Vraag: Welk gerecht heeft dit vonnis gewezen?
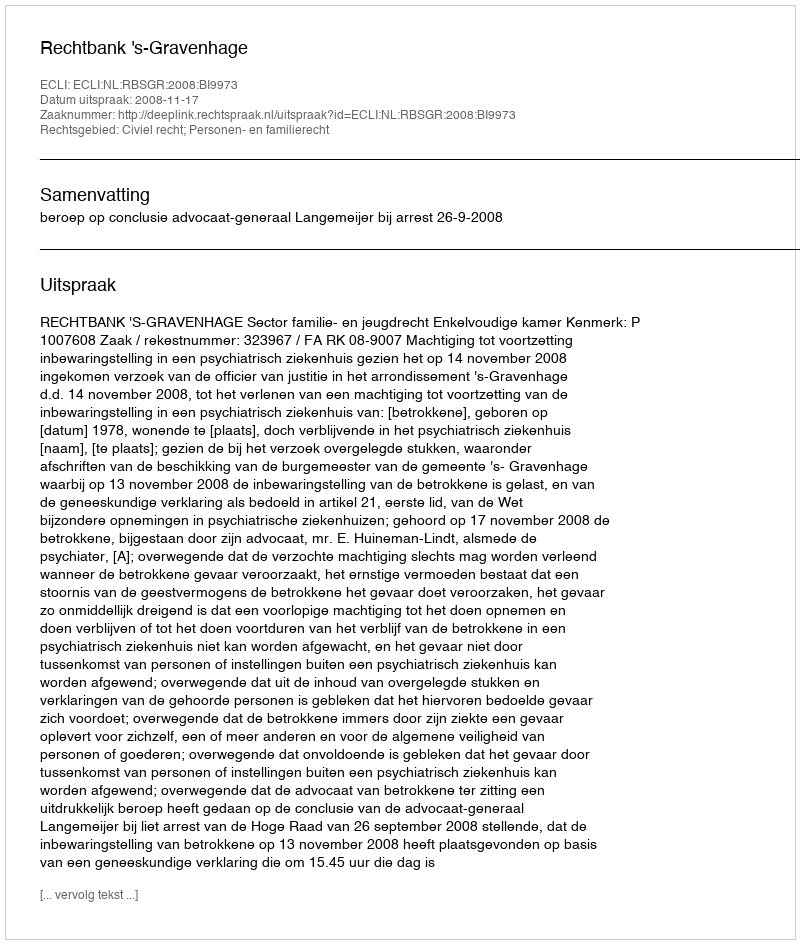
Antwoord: Rechtbank 's-Gravenhage